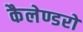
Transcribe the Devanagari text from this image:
कैलेण्डरों